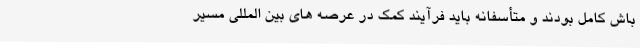
باش کامل بودند و متأسفانه باید فرآیند کمک در عرصه های بین المللی مسیر